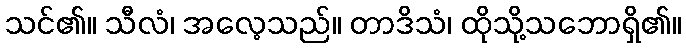
သင်၏။ သီလံ၊ အလေ့သည်။ တာဒိသံ၊ ထိုသို့သဘောရှိ၏။